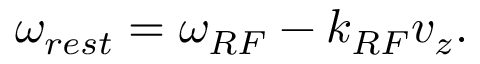
\omega _ { r e s t } = \omega _ { R F } - k _ { R F } v _ { z } .